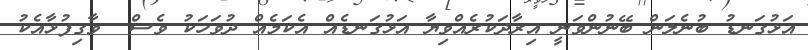
އަޅުގަނޑު ބުނެލަން ބޭނުންވަނީ އިރާދަކުރެއްވިޔާ އަޅުގަނޑެއް އެކަމެއް ދުވަހަކު ވެސް  ވާގިފުޅާއެކު